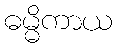
ဓမ္မိကာယ